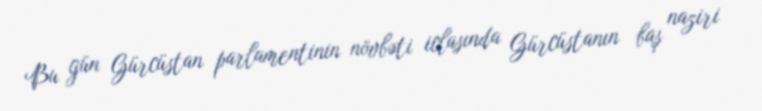
Bu gün Gürcüstan parlamentinin növbəti iclasında Gürcüstanın baş naziri